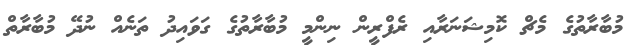
މުބާރާތުގެ މެޗް ކޮމިޝަނަރާއި ރެފްރީން ނިންމީ މުބާރާތުގެ ގަވައިދު ތަނެއް ނުދޭ މުބާރާތް